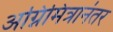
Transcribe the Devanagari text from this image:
अग्निमित्रानंतर